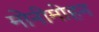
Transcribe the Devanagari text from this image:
मोनीमोहन